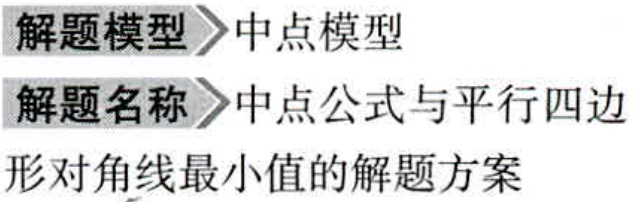
解题模型 \(\gg\) 中点模型

解题名称 \(\gg\) 中点公式与平行四边

形对角线最小值的解题方案